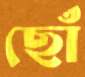
ছোঁ